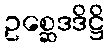
ဥစ္ဆေဒဒိဋ္ဌိ